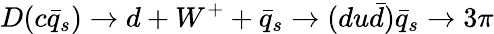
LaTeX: D(c\bar{q}_{s})\rightarrow d+W^{+}+\bar{q}_{s}\rightarrow(du\bar{d})\bar{q}_{s}\rightarrow 3\pi